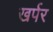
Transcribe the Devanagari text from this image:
खर्पर